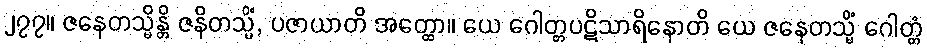
၂၇၇။ ဇနေတသ္မိန္တိ ဇနိတသ္မိံ, ပဇာယာတိ အတ္ထော။ ယေ ဂေါတ္တပဋိသာရိနောတိ ယေ ဇနေတသ္မိံ ဂေါတ္တံ